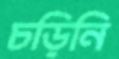
চড়িনি